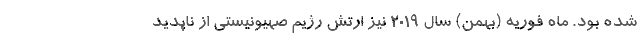
شده بود. ماه فوریه (بهمن) سال ۲۰۱۹ نیز ارتش رژیم صهیونیستی از ناپدید